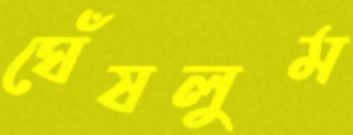
ঘেঁষলুম